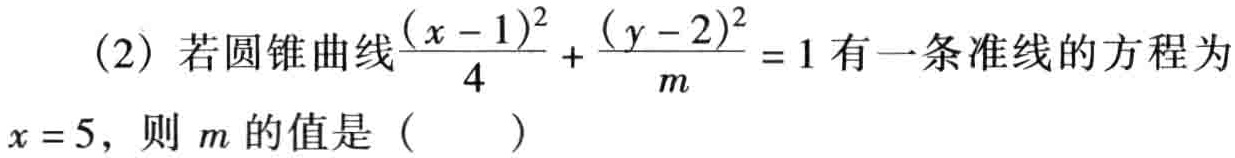
(2) 若圆锥曲线$\frac{(x - 1)^2}{4}+\frac{(y - 2)^2}{m}=1$有一条准线的方程为$x = 5$，则$m$的值是（  ）